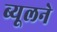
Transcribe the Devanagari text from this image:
ब्यूलने